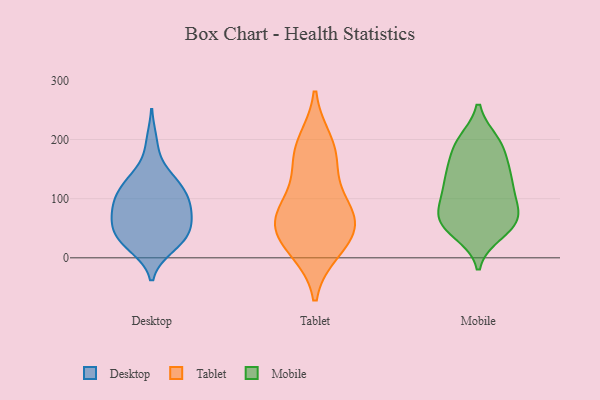
{"axis": {"x": "Bounce Rate (%)", "y": "Value"}, "legend": ["Desktop", "Mobile", "Tablet"], "data": [{"x": "", "y": 129, "type": "Desktop"}, {"x": "", "y": 90, "type": "Desktop"}, {"x": "", "y": 18, "type": "Desktop"}, {"x": "", "y": 76, "type": "Desktop"}, {"x": "", "y": 116, "type": "Desktop"}, {"x": "", "y": 40, "type": "Desktop"}, {"x": "", "y": 92, "type": "Desktop"}, {"x": "", "y": 58, "type": "Desktop"}, {"x": "", "y": 27, "type": "Desktop"}, {"x": "", "y": 44, "type": "Desktop"}, {"x": "", "y": 59, "type": "Desktop"}, {"x": "", "y": 196, "type": "Desktop"}, {"x": "", "y": 145, "type": "Desktop"}, {"x": "", "y": 125, "type": "Desktop"}, {"x": "", "y": 20, "type": "Desktop"}, {"x": "", "y": 75, "type": "Desktop"}, {"x": "", "y": 39, "type": "Desktop"}, {"x": "", "y": 110, "type": "Desktop"}, {"x": "", "y": 93, "type": "Desktop"}, {"x": "", "y": 71, "type": "Tablet"}, {"x": "", "y": 46, "type": "Tablet"}, {"x": "", "y": 14, "type": "Tablet"}, {"x": "", "y": 156, "type": "Tablet"}, {"x": "", "y": 178, "type": "Tablet"}, {"x": "", "y": 64, "type": "Tablet"}, {"x": "", "y": 66, "type": "Tablet"}, {"x": "", "y": 97, "type": "Tablet"}, {"x": "", "y": 21, "type": "Tablet"}, {"x": "", "y": 195, "type": "Tablet"}, {"x": "", "y": 146, "type": "Mobile"}, {"x": "", "y": 192, "type": "Mobile"}, {"x": "", "y": 42, "type": "Mobile"}, {"x": "", "y": 150, "type": "Mobile"}, {"x": "", "y": 110, "type": "Mobile"}, {"x": "", "y": 140, "type": "Mobile"}, {"x": "", "y": 193, "type": "Mobile"}, {"x": "", "y": 59, "type": "Mobile"}, {"x": "", "y": 55, "type": "Mobile"}, {"x": "", "y": 89, "type": "Mobile"}, {"x": "", "y": 147, "type": "Mobile"}, {"x": "", "y": 107, "type": "Mobile"}, {"x": "", "y": 121, "type": "Mobile"}, {"x": "", "y": 61, "type": "Mobile"}, {"x": "", "y": 65, "type": "Mobile"}, {"x": "", "y": 191, "type": "Mobile"}, {"x": "", "y": 92, "type": "Mobile"}, {"x": "", "y": 197, "type": "Mobile"}, {"x": "", "y": 51, "type": "Mobile"}, {"x": "", "y": 68, "type": "Mobile"}]}